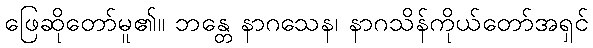
ဖြေဆိုတော်မူ၏။ ဘန္တေ နာဂသေန၊ နာဂသိန်ကိုယ်တော်အရှင်